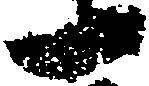
一